system: You are a helpful assistant.
user:
Analyze the provided spectrum to determine if it is a **White Dwarf (WD)**.

A White Dwarf spectrum is defined by its **extreme purity** (due to gravitational settling) and/or **extreme pressure broadening** (due to high surface gravity). You must check for one of the following mutually exclusive signatures:

- **Key Visual Indicators (Check for ONE of these types):**

    - **1. DA-Type Signature (Most Common):**
        - **(Primary Feature):** Extreme pressure broadening (Stark broadening) of the **Hydrogen (H) Balmer lines**.
        - **(Key Lines):** $H\beta$ (approx. $4861$ Å) and $H\gamma$ (approx. $4340$ Å). $H\alpha$ (approx. $6563$ Å) will also be present if the wavelength range covers it.
        - **(Line Profile):** This is the **defining feature**. The lines are **NOT** sharp. They appear as massive, **extremely broad and deep "troughs" or "dips"** in the spectrum, often hundreds of Ångströms wide. The continuum will appear to "scoop" down at these wavelengths.
        - **(Distinction):** Normal A-type or B-type stars have *narrow* and *sharp* Hydrogen lines. A DA White Dwarf's lines are unmistakably "smeared" or "blurry" from pressure.

    - **2. DB-Type Signature:**
        - **(Primary Feature):** Broad absorption lines from **Neutral Helium (He I)**. The spectrum must lack any visible Hydrogen lines.
        - **(Key Lines):** Look for broad absorption near $4471$ Å, $4921$ Å, and $5876$ Å.
        - **(Line Profile):** These lines are also significantly pressure-broadened, appearing much wider than they would in a normal B-type main-sequence star.

    - **3. DC-Type Signature:**
        - **(Primary Feature):** A **featureless continuous spectrum**.
        - **(Line Profile):** The spectrum is a smooth curve with **no significant absorption or emission lines**.
        - **(Key Confirmation):** The continuum is almost always **blue or white**, indicating a hot object. This signature implies the atmosphere is so pure (or so cool) that no spectral lines are visible in the optical range. Its WD identity is confirmed by its extremely low intrinsic brightness (high absolute magnitude).

    - **4. DZ-Type Signature (Metal-Polluted):**
        - **(Primary Feature):** **Isolated, narrow metal absorption lines** on an otherwise featureless (DC-like) continuum.
        - **(Key Lines):** The **Calcium (Ca II) H & K doublet** (approx. **$3934$ Å** and **$3968$ Å**) is the most common and defining feature.
        - **(Line Profile):** These lines are "out of place." They are *not* part of a "forest" of thousands of lines. This signature is evidence of recent *accretion* (pollution) from rocky debris.
        - **(Distinction):** Normal G/K/M stars have a *dense forest* of thousands of metal lines. A DZ has a *clean* continuum with *only a few* strong metal lines.

    - **5. DQ-Type Signature (Carbon-Polluted):**
        - **(Primary Feature):** Absorption bands from **Carbon (C₂ "Swan Bands" or atomic C I)**.
        - **(Key Lines - C₂):** Look for bandheads with a "saw-tooth" shape near $5635$ Å, **$5165$ Å** (strongest), and $4737$ Å.
        - **(Key Confirmation):** The underlying **continuum must be blue or white** (hot).
        - **(Distinction):** This is the critical difference from a **Carbon Star**, which has the *exact same* C₂ bands but on an extremely **red, cool** continuum.

- **(Overall Spectrum):**
    - The continuum (overall shape) is typically **blue-sloping** (brighter in the blue than the red), as most white dwarfs are very hot.
    - The spectrum will look "pure" or "simple," dominated by only *one* of the five signatures listed above.

Think first, call **spectral_visualization_tool** if needed to examine features in detail, then provide your final answer. Your response must adhere to the following strict rules:
1.  **Overall Structure:** Your response must follow the format `<think>...</think> <tool_call>...</tool_call> (if a tool is used) <answer>...</answer>`.
2.  **Tool Usage Constraint:** You may only make **one** tool call per turn.
3.  **Final Answer Format:** In the `<answer>` tag, your conclusion must be inside a `\boxed{}` command (e.g., `\boxed{YES}` or `\boxed{NO}`), followed by your justification.

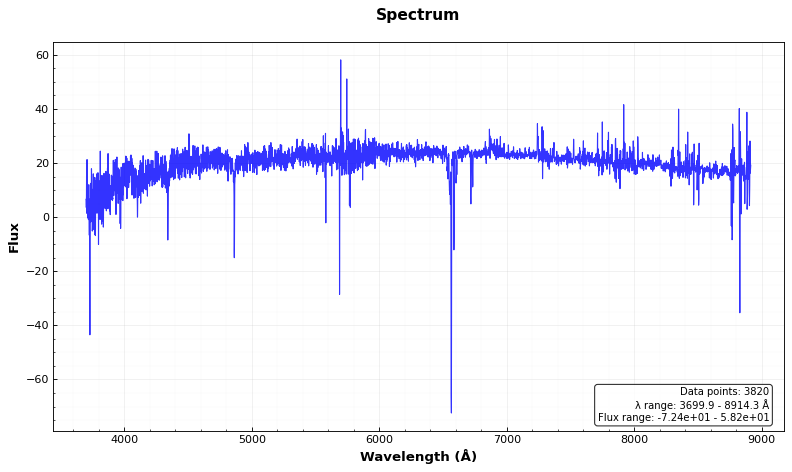
Answer: NO